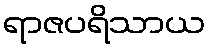
ရာဇပရိသာယ